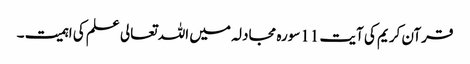
قرآن کریم کی آیت 11سورہ مجادلہ میں اللہ تعالی علم کی اہمیت ۔